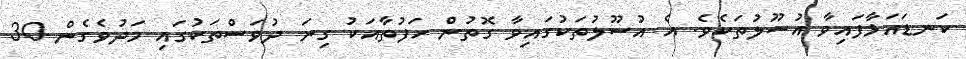
ކަނޑައަޅާފައިވާ އުސޫލުތަކެވެ. އެ އުސޫލުތަކުގައިވާ ގޮތުން ހަފުތާއަކު ގިނަ ދުވަސްތަކުގައި މަދުވެގެން 30